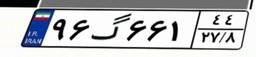
۹۶گ۶۶۱۴۴